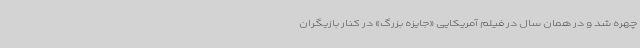
چهره شد و در همان سال در فیلم آمریکایی «جایزه بزرگ» در کنار بازیگران